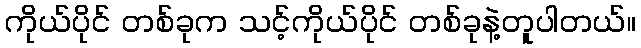
ကိုယ်ပိုင် တစ်ခုက သင့်ကိုယ်ပိုင် တစ်ခုနဲ့တူပါတယ်။